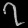
Digit: ၇